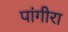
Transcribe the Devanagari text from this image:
पांगीरा